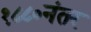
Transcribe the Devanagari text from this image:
१८८०नंतर